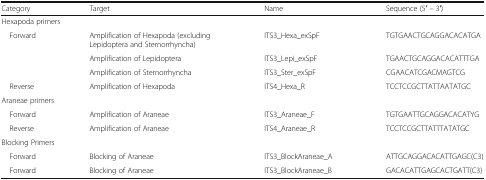
| Category | Target | Name | Sequence (5′ – 3′) |
 | --- | --- | --- | --- |
 | <COLSPAN=4> Hexapoda primers |
 | <ROWSPAN=3> Forward | Amplification of Hexapoda (excluding Lepidoptera and Sternorrhyncha) | ITS3_Hexa_exSpF | TGTGAACTGCAGGACACATGA |
 | Amplification of Lepidoptera | ITS3_Lepi_exSpF | TGAACTGCAGGACACATTTGA |
 | Amplification of Sternorrhyncha | ITS3_Ster_exSpF | CGAACATCGACMAGTCG |
 | Reverse | Amplification of Hexapoda | ITS4_Hexa_R | TCCTCCGCTTATTAATATGC |
 | <COLSPAN=4> Araneae primers |
 | Forward | Amplification of Araneae | ITS3_Araneae_F | TGTGAATTGCAGGACACATYG |
 | Reverse | Amplification of Araneae | ITS4_Araneae_R | TCCTCCGCTTATTTATATGC |
 | <COLSPAN=4> Blocking Primers |
 | Forward | Blocking of Araneae | ITS3_BlockAraneae_A | ATTGCAGGACACATTGAGC(C3) |
 | Forward | Blocking of Araneae | ITS3_BlockAraneae_B | GACACATTGAGCACTGATT(C3) |